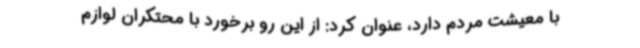
با معیشت مردم دارد، عنوان کرد: از این رو برخورد با محتکران لوازم